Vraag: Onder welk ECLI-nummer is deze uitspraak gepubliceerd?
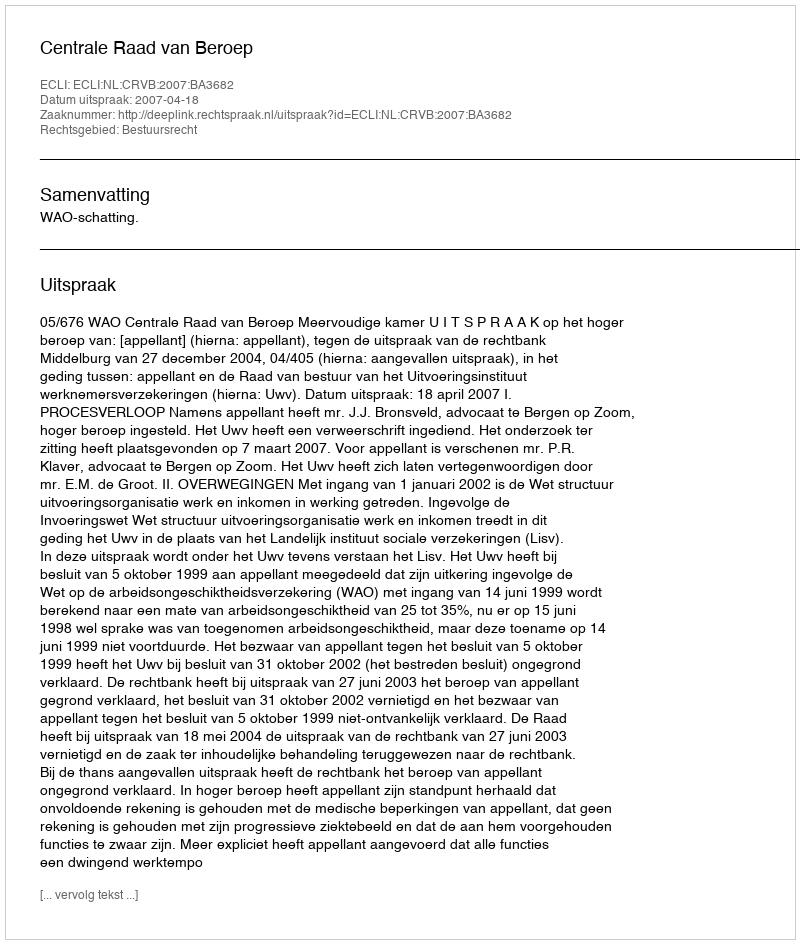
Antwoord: ECLI:NL:CRVB:2007:BA3682